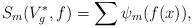
LaTeX: \begin{align*}S_m(V_g^*, f) = \sum \psi_m( f(x) ),\end{align*}